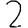
Digit: 2